Indian Civil Veterinary Department memoirs
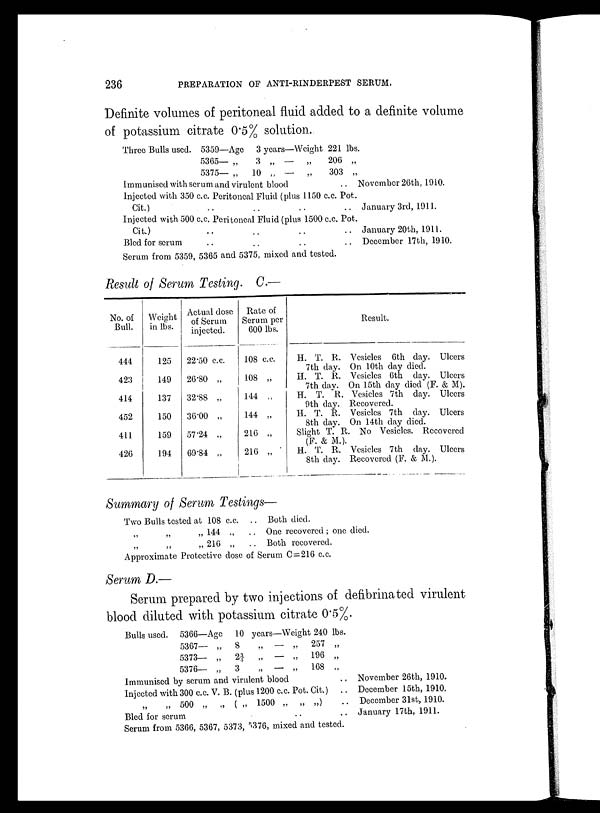
236
PREPARATION OF ANTI-RINDERPEST SERUM.
Definite volumes of peritoneal fluid added to a definite volume
of potassium citrate 0.5% solution.
Three Bulls used. 5359—Age
5365— „
5375— „
3 years—Weight 221 lbs.
3 „ — „
206 „
10 „ — „
303 „
Immunised with serum and virulent blood ..
Injected with 350 c.c. Peritoneal Fluid (plus 1150 c.c. Pot.
Cit.) .. .. .... .. .... .. ..
Injected with 500 c.c. Peritoneal Fluid (plus 1500 c.c. Pot.
Cit.).. .. .... .. .... .. ..
Bled for serum
Serum from 5359, 5365 and 5375, mixed and tested.
November 26th, 1910.
January 3rd, 1911.
January 20th, 1911.
December 17th, 1910.
Result of Serum Testing. C.—
No. of
Bull.
444
423
414
452
411
426
Weight
in lbs.
125
149
137
150
159
194
Actual dose
of Serum
injected.
22.50 c.c.
26.80 „
32.88 „
36.00 „
57.24 „
69.84 „
Rate of
Serum per
600 lbs.
108 c.c.
108 „
144 „
144 „
216 „
216 „
Result.
H. T. R. Vesicles 6th day. Ulcers
7th day. On 10th day died.
H. T. R. Vesicles 6th day. Ulcers
7th day. On 15th day died (F. & M).
H. T. R. Vesicles 7th day. Ulcers
9th day. Recovered.
H. T. R. Vesicles 7th day. Ulcers
8th day. On 14th day died.
Slight T. R. No Vesicles. Recovered
(F. & M.).
H. T. R. Vesicles 7th day. Ulcers
8th day. Recovered (F. & M.).
Summary of Serum Testings—
Two Bulls tested at 108 c.c.
„ „ „ 144 „
„ „ „ 216 „
..
..
..
Both died.
One recovered; one died.
Both recovered.
Approximate Protective dose of Serum C=216 c.c.
Serum D.—
Serum prepared by two injections of defibrinated virulent
blood diluted with potassium citrate 0.5%.
Bulls used. 5366—Age
5367— „
5373— „
5376— .,
10 years—Weight 240 lbs.
8
„ — „
257 „
2¾ „ — „ 196 „
3
„
— „
168 „
Immunised by serum and virulent blood
Injected with 300 c.c. V. B. (plus 1200 c.c. Pot. Cit.)
..
„ 500 „ „ ( „ 1500 „ „ „)
Bled for serum
Serum from 5366, 5367, 5373, 5376, mixed and tested.
November 26th, 1910.
December 15th, 1910.
December 31st, 1910.
January 17th, 1911.